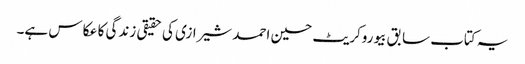
یہ کتاب سابق بیوروکریٹ حسین احمد شیرازی کی حقیقی زندگی کا عکاس ہے۔